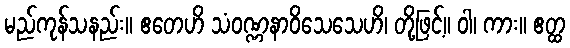
မည်ကုန်သနည်း။ ဧတေဟိ သံဝဏ္ဏနာဝိသေသေဟိ၊ တို့ဖြင့်။ ဝါ၊ ကား။ ဧတ္ထ